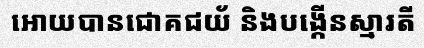
អោយបានជោគជយ័ និងបង្កើនស្មារតី